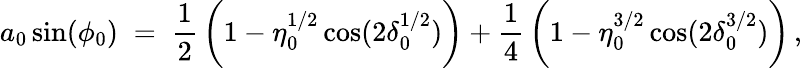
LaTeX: a_{0}\sin(\phi_{0})\; =\; \frac{1}{2}\, \biggl(1-\eta_{0}^{1/2}\cos(2\delta_{0}^{1/2})\biggr)+\frac{1}{4}\, \biggl(1-\eta_{0}^{3/2}\cos(2\delta_{0}^{3/2})\biggr)\, ,